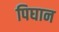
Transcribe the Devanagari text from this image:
पिघान